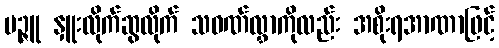
မဉ္ဇူ နှူးလိုက်ဆွလိုက် သဝဏ်လွှာကိုလည်း အစိုးရအာဏာဖြင့်